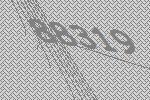
88319